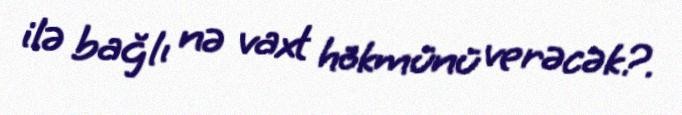
ilə bağlı nə vaxt hökmünü verəcək?.